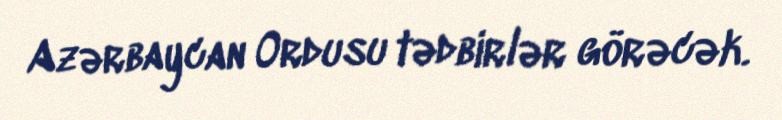
Azərbaycan Ordusu tədbirlər görəcək.